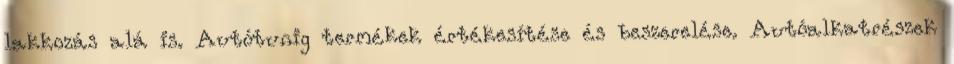
lakkozás alá is. Autótunig termékek értékesítése és beszerelése. Autóalkatrészek